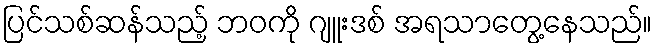
ပြင်သစ်ဆန်သည့် ဘဝကို ဂျူးဒစ် အရသာတွေ့နေသည်။